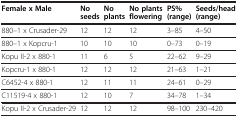
<table><thead><tr><td><b>Female x Male</b></td><td><b>No seeds</b></td><td><b>No plants</b></td><td><b>No plants flowering</b></td><td><b>PS%(range)</b></td><td><b>Seeds/head (range)</b></td></tr></thead><tbody><tr><td>88–01 x Crusader-29</td><td>12</td><td>12</td><td>12</td><td>3–85</td><td>4–50</td></tr><tr><td>88–01 x Kopcru-1</td><td>10</td><td>10</td><td>10</td><td>0–73</td><td>0–19</td></tr><tr><td>Kopu II-2 x 880-1</td><td>11</td><td>6</td><td>5</td><td>22–62</td><td>9–29</td></tr><tr><td>Kopcru-1 x 880-1</td><td>12</td><td>12</td><td>12</td><td>21–63</td><td>1–21</td></tr><tr><td>C6452-4 x 880-1</td><td>12</td><td>11</td><td>11</td><td>24–61</td><td>0–29</td></tr><tr><td>C11519-4 x 880-1</td><td>12</td><td>10</td><td>7</td><td>34–78</td><td>1–34</td></tr><tr><td>Kopu II-2 x Crusader-29</td><td>12</td><td>12</td><td>12</td><td>98–100</td><td>230–420</td></tr></tbody></table>